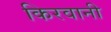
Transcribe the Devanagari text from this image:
किरवानी